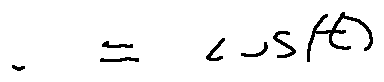
u = \cos ( t )